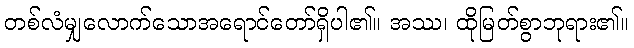
တစ်လံမျှလောက်သောအရောင်တော်ရှိပါ၏။ အဿ၊ ထိုမြတ်စွာဘုရား၏။